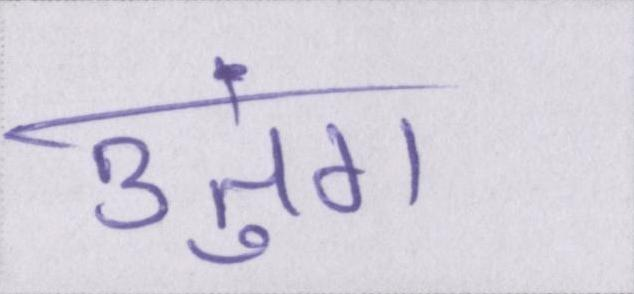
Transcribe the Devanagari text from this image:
उतुंग